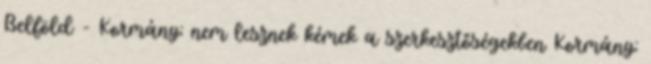
Belföld - Kormány: nem lesznek kémek a szerkesztőségekben Kormány: